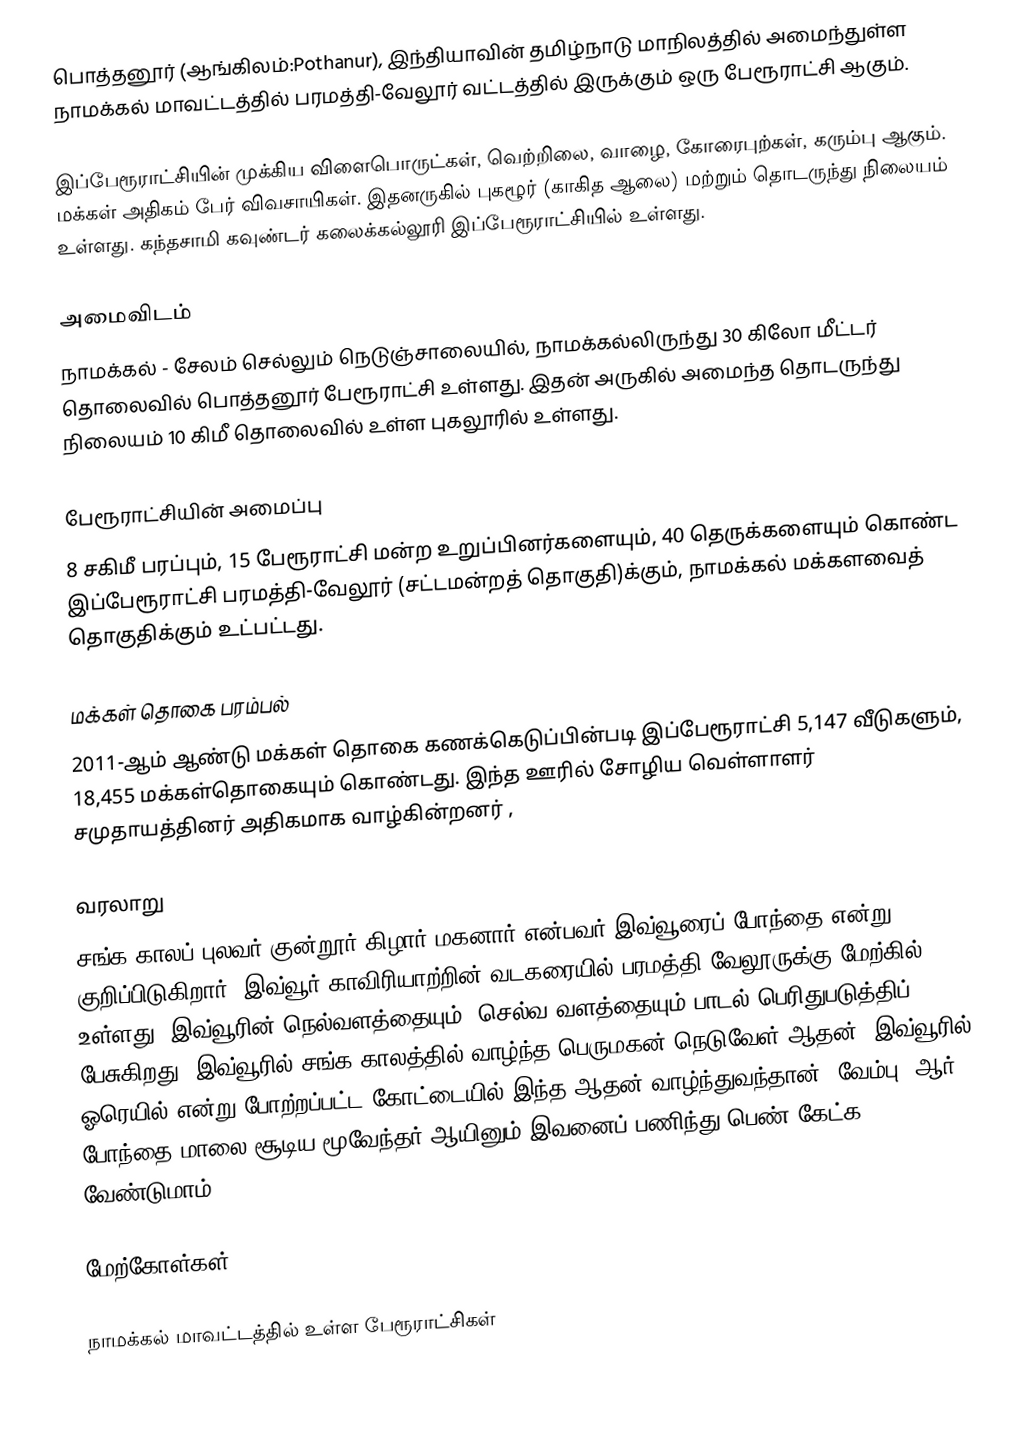
பொத்தனூர் (ஆங்கிலம்:Pothanur), இந்தியாவின் தமிழ்நாடு மாநிலத்தில் அமைந்துள்ள நாமக்கல் மாவட்டத்தில் பரமத்தி-வேலூர் வட்டத்தில் இருக்கும் ஒரு பேரூராட்சி ஆகும்.

இப்பேரூராட்சியின் முக்கிய விளைபொருட்கள், வெற்றிலை, வாழை, கோரைபுற்கள், கரும்பு ஆகும். மக்கள் அதிகம் பேர் விவசாயிகள். இதனருகில் புகழூர் (காகித ஆலை) மற்றும் தொடருந்து நிலையம் உள்ளது. கந்தசாமி கவுண்டர் கலைக்கல்லூரி இப்பேரூராட்சியில் உள்ளது.

அமைவிடம்
நாமக்கல் - சேலம் செல்லும் நெடுஞ்சாலையில், நாமக்கல்லிருந்து 30 கிலோ மீட்டர் தொலைவில் பொத்தனூர் பேரூராட்சி உள்ளது. இதன் அருகில் அமைந்த தொடருந்து நிலையம் 10 கிமீ தொலைவில் உள்ள புகலூரில் உள்ளது.

பேரூராட்சியின் அமைப்பு
8 சகிமீ பரப்பும்,  15 பேரூராட்சி மன்ற  உறுப்பினர்களையும், 40 தெருக்களையும் கொண்ட இப்பேரூராட்சி பரமத்தி-வேலூர்   (சட்டமன்றத் தொகுதி)க்கும், நாமக்கல் மக்களவைத் தொகுதிக்கும் உட்பட்டது.

மக்கள் தொகை பரம்பல்
2011-ஆம் ஆண்டு மக்கள் தொகை கணக்கெடுப்பின்படி  இப்பேரூராட்சி   5,147   வீடுகளும்,  18,455 மக்கள்தொகையும் கொண்டது.  இந்த ஊரில் சோழிய வெள்ளாளர் சமுதாயத்தினர் அதிகமாக வாழ்கின்றனர் ,

வரலாறு
சங்க காலப் புலவர் குன்றூர் கிழார் மகனார் என்பவர் இவ்வூரைப் போந்தை என்று குறிப்பிடுகிறார். இவ்வூர் காவிரியாற்றின் வடகரையில் பரமத்தி வேலூருக்கு மேற்கில் உள்ளது. இவ்வூரின் நெல்வளத்தையும், செல்வ வளத்தையும் பாடல் பெரிதுபடுத்திப் பேசுகிறது. இவ்வூரில் சங்க காலத்தில் வாழ்ந்த பெருமகன் நெடுவேள் ஆதன். இவ்வூரில் ஓரெயில் என்று போற்றப்பட்ட கோட்டையில் இந்த ஆதன் வாழ்ந்துவந்தான். வேம்பு, ஆர், போந்தை மாலை சூடிய மூவேந்தர் ஆயினும் இவனைப் பணிந்து பெண் கேட்க வேண்டுமாம்.

மேற்கோள்கள்

நாமக்கல் மாவட்டத்தில் உள்ள பேரூராட்சிகள்